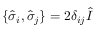
\{ \hat { \sigma } _ { i } , \hat { \sigma } _ { j } \} = 2 \delta _ { i j } \hat { I }